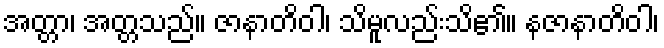
အတ္တာ၊ အတ္တသည်။ ဇာနာတိဝါ၊ သိမူလည်းသိ၏။ နဇာနာတိဝါ၊